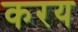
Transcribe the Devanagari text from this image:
करय